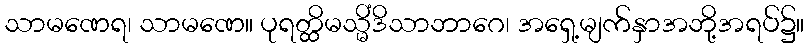
သာမဏေရ၊ သာမဏေ။ ပုရတ္ထိမသ္မိံဒိသာဘာဂေ၊ အရှေ့မျက်နှာအဘို့အရပ်၌။